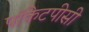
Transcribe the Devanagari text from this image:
पॉकेटपीसी